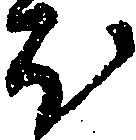
ほ